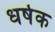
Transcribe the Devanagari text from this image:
धर्षक